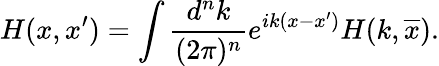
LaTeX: H(x,x^{\prime})=\int\frac{d^{n}k}{(2\pi)^{n}}e^{ik(x-x^{\prime})}H(k,\overline{{x}}).